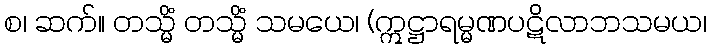
စ၊ ဆက်။ တသ္မိံ တသ္မိံ သမယေ၊ (ဣဋ္ဌာရမ္မဏပဋိလာဘသမယ၊